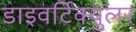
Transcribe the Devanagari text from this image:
डाइवर्टिक्युलर